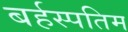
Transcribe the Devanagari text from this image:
बर्हस्पतिम